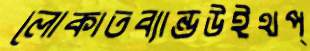
লোকাতব্যান্ডউইথপ্